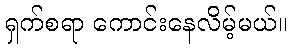
ရှက်စရာ ကောင်းနေလိမ့်မယ်။